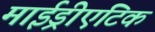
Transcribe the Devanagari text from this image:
माईड्रीएटिक